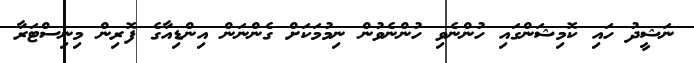
ނަޝީދު ހައި ކޮމިޝަންގައި ހުންނެވި ހުންނެވުން ނިމުމަކަށް ގެންނަން އިންޑިއާގެ ފޮރިން މިނިސްޓަރާ